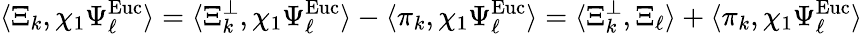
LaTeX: \langle\Xi_{k},\chi_{1}\Psi_{\ell}^{\mathrm{Euc}}\rangle=\langle\Xi_{k}^{\perp},\chi_{1}\Psi_{\ell}^{\mathrm{Euc}}\rangle-\langle\pi_{k},\chi_{1}\Psi_{\ell}^{\mathrm{Euc}}\rangle=\langle\Xi_{k}^{\perp},\Xi_{\ell}\rangle+\langle\pi_{k},\chi_{1}\Psi_{\ell}^{\mathrm{Euc}}\rangle